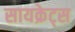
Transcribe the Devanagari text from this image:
सायक्रेट्स